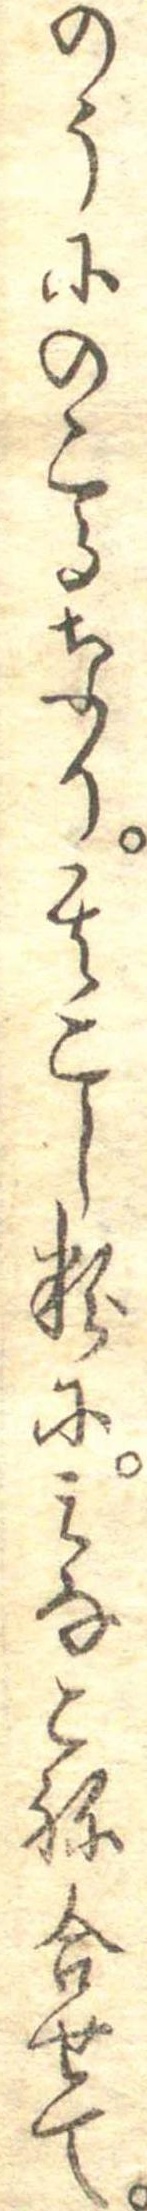
のうにのこるなり其こし粉にみなこね合せて